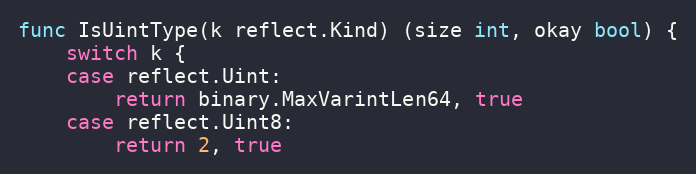
Language: Go
func IsUintType(k reflect.Kind) (size int, okay bool) {
	switch k {
	case reflect.Uint:
		return binary.MaxVarintLen64, true
	case reflect.Uint8:
		return 2, true